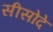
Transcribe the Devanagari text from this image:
सीसोदे